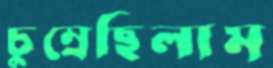
চুম্‌রেছিলাম